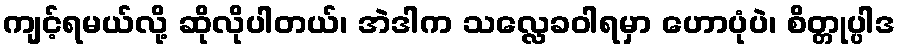
ကျင့်ရမယ်လို့ ဆိုလိုပါတယ်၊ အဲဒါက သလ္လေခဝါရမှာ ဟောပုံပဲ၊ စိတ္တုပ္ပါဒ